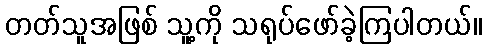
တတ်သူအဖြစ် သူ့ကို သရုပ်ဖော်ခဲ့ကြပါတယ်။